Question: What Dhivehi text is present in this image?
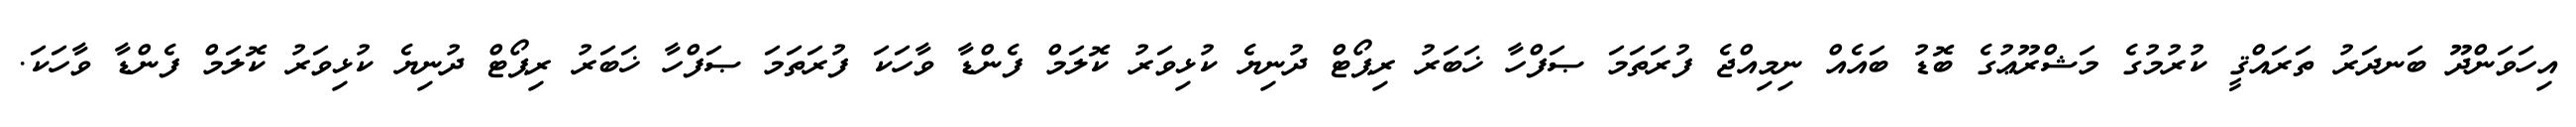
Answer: އިހަވަންދޫ ބަނދަރު ތަރައްޤީ ކުރުމުގެ މަޝްރޫޢުގެ ބޮޑު ބައެއް ނިމިއްޖެ ފުރަތަމަ ޞަފްހާ ޚަބަރު ރިޕޯޓް ދުނިޔެ ކުޅިވަރު ކޮލަމް ފެންޑާ ވާހަކަ ފުރަތަމަ ޞަފްހާ ޚަބަރު ރިޕޯޓް ދުނިޔެ ކުޅިވަރު ކޮލަމް ފެންޑާ ވާހަކަ.